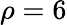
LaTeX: \rho=6